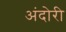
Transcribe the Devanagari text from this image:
अंदोरी